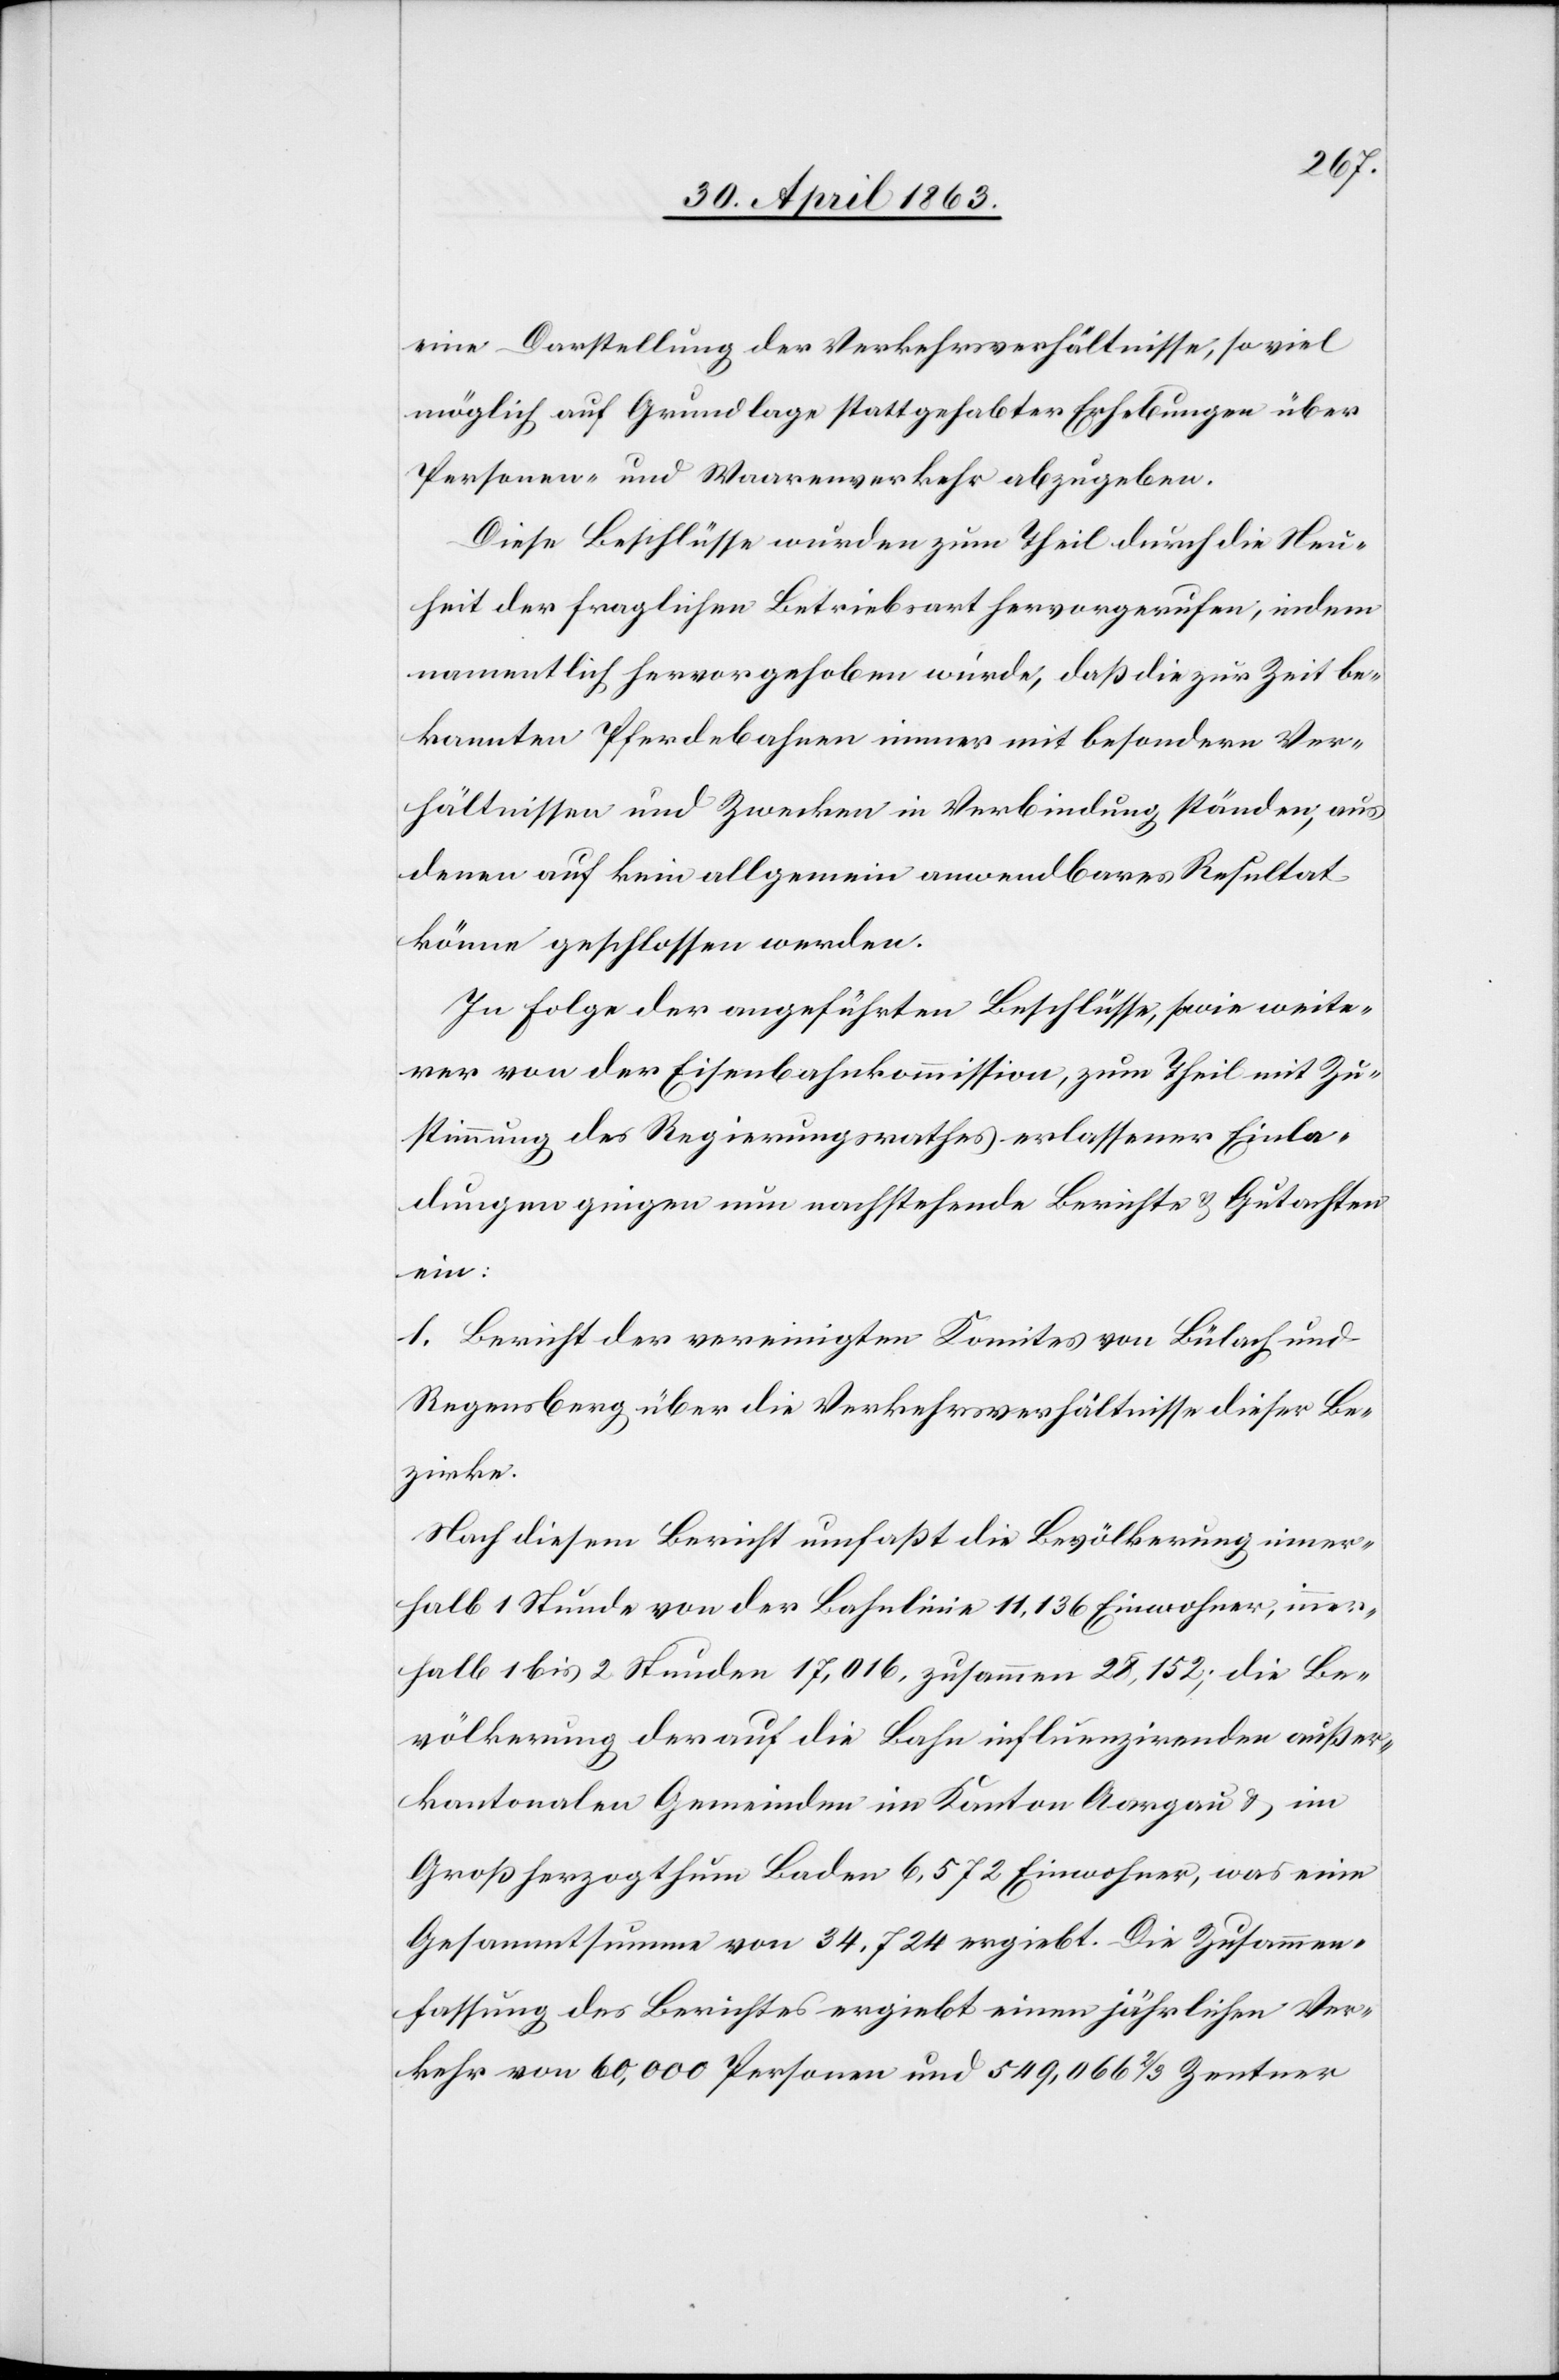
eine Darstellung der Verkehrsverhältnisse, soviel
möglich auf Grundlage stattgehabter Erhebungen über
Personen- und Waarenverkehr abzugeben.
Diese Beschlüsse wurden zum Theil durch die Neu¬
heit der fraglichen Betriebsart hervorgerufen, indem
namentlich hervorgehoben wurde, daß die zur Zeit be¬
kannten Pferdebahnen immer mit besondern Ver¬
hältnissen und Zwecken in Verbindung ständen, aus
denen auf kein allgemein anwendbares Resultat
könne geschlossen werden.
In Folge der angeführten Beschlüsse, sowie weite¬
rer von der Eisenbahnkommission, zum Theil mit Zu¬
stimmung des Regierungsrathes erlassener Einla¬
dungen gingen nun nachstehende Berichte & Gutachten
ein:
1. Bericht der vereinigten Komites von Bülach und
Regensberg über die Verkehrsverhältnisse dieser Be¬
zirke.
Nach diesem Bericht umfaßt die Bevölkerung inner¬
halb 1 Stunde von der Bahnlinie 11,136 Einwohner, inner¬
halb 1 bis 2 Stunden 17,016, zusammen 28,152; die Be¬
völkerung der auf die Bahn influenzirenden außer¬
kantonalen Gemeinden im Kanton Aargau & im
Großherzogthum Baden 6,572 Einwohner, was eine
Gesammtsumme von 34,724 ergiebt. Die Zusammen¬
fassung des Berichtes ergiebt einen jährlichen Ver¬
kehr von 60,000 Personen und 549,066 2/3 Zentner